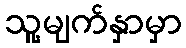
သူ့မျက်နှာမှာ